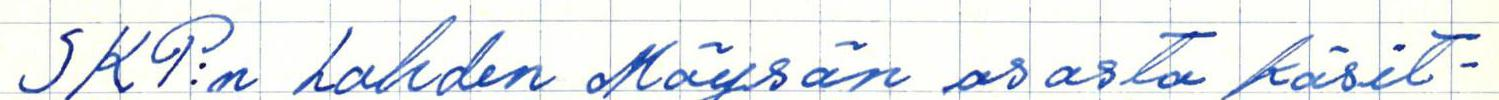
SKP:n Lahden Möysän osasto käsit-